Report of an investigation into the causes of malaria in Bombay and the measures necessary for its control
Disease focus: Malaria
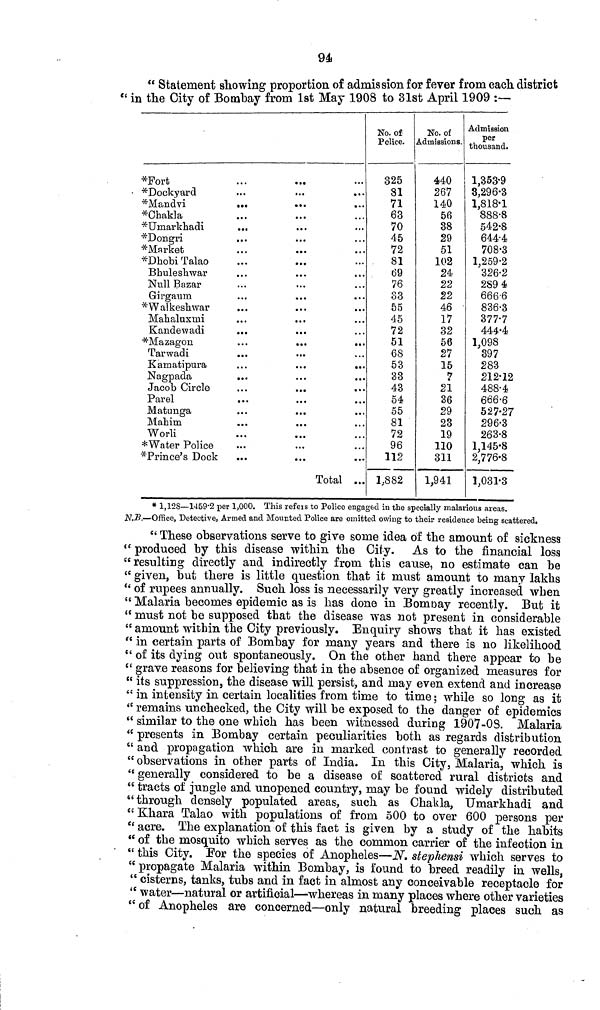
94
" Statement showing proportion of admission for fever from each district
" in the City of Bombay from 1st May 1908 to 31st April 1909 :—
*Forfc
"^Dockyard
*Mandvi
..
*Chakla
*Umarkliadi
•^Dongri
*Mnrket
*r>hobi Talao
Bhuleshwar
Null Bazar
Girgauro.
*Walkesli\var
Mahaluxmi
Kandewadi
*Mazagon
Tarwadi
Kamatipura
Nagpada
Jacob Circle
Parel
Mátunga
Mahim
Worli
* Water Policê
Prince's Dock
!.
•••
• •.
• -•
• • •
. . •
. . .
» • •
..
. » •
• • •
..
•• •
..
• ••
. .•
..
•••
..
• . •
• • •
..
..
.
• a .
• •
..
..
..
..
• ••
• .
Total .
No. of
Police.
325
81
71
63
70
45
72
81
69
76
33
55
45
72
51
68
53
33
43
54
55
81
72
96
112
1,882
No. of
Admissions.
440
267
140
56
38
29
51
102
24
22
22
46
17
32
56
27
15
21
36
29
23
19
110
311
1,941
Admission
per
thousand.
1,353-9
3,296-3
1,818*1
888-8
542-8
644-4
708-3
1,259-2
326-2
2S9 4
6666
836-3
377-7
444-4
1,098
397
283
212-12
488-4
666-6
527-27
296-3
263-8
1,145-8
2,776-8
1,031-3
* 1,12S—1459"2 per 1,000. This refers to Police engaged in the specially malarious areas.
N.B.—Office, Detective, Armed and Mounted Police are omitted owing to their residence being scattered.
ee These observations serve to give some idea of the amount of sickness
" produced by this disease within the City. As to the financial loss
"resulting directly and indirectly from this cause, no estimate can he
{C given, hut there is little question that it must amount to many lakhs
" of rupees annually. Such loss is necessarily very greatly increased when
" Malaria becomes epidemic as is has done in Bombay recently. But it
" must not be supposed that the disease was not present in considerable
" amount within the City previously. Enquiry shows that it has existed
" in certain parts of Bombay for many years and there is no likelihood
" of its dying out spontaneously. On the other hand there appear to be
" grave reasons for believing that in the absence of organized measures for
" its suppression, the disease will persist, and may even extend and increase
" in intensity in certain localities from time to time ; while so long as it
<e remains unchecked, the City will be exposed to the danger of epidemics
" similar to the one which has been witnessed during 1907-OS. Malaria
" presents in Bombay certain peculiarities both as regards distribution
" and propagation which are in marked contrast to generally recorded
" observations in other parts of India. In this City, Malaria., which is
" generally considered to be a disease of scattered rural districts and
" tracts of jungle and unopened country, may be found widely distributed
"through densely populated areas, such as Chakla, Umarkhadi and
" Khara Talao with populations of from 500 to over 600 persons per
e< acre. The explanation of this fact is given by a study of the habits
" of the mosquito which serves as the common carrier of the infection in
" this City. Eor the species of Anopheles—N. stephensi which serves to
" propagate Malaria within Bombay, is found to breed readily in wells,
" cisterns, tanks, tubs and in fact in almost any conceivable receptacle for
" water—natural or artificial—whereas in many places where other varieties
"of Anopheles are concerned—only natural breeding places such as